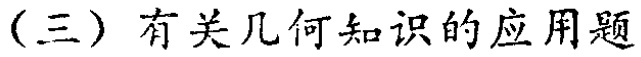
（三）有关几何知识的应用题